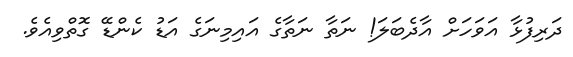
ދަރިފުޅާ އަވަހަށް އާދެބަލަ! ނަތާ ނަތާގެ އައިމިނަގެ އަޑު ކެންޑޭ ގޮތްވިއެވެ.